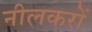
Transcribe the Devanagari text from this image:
नीलकरों